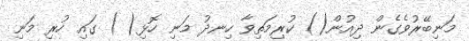
މަނިބޭރުވެގެން ދިއުން() ކުރިމަތިވާ ހިނދު މަނި ހޮޅި( ) ގައި ހުރި މަނި